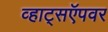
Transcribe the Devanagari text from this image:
व्हाट्सऍपवर